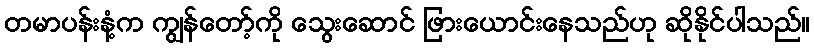
တမာပန်းနံ့က ကျွန်တော့်ကို သွေးဆောင် ဖြားယောင်းနေသည်ဟု ဆိုနိုင်ပါသည်။